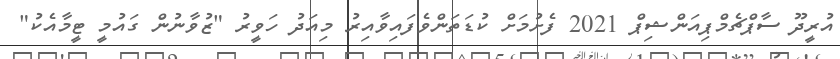
އުރީދޫ ސާޕްޗެމްޕިއަންޝިޕް 2021 ފެށުމަށް ކުޑަތަންވެފައިވާއިރު މިއަދު ހަވީރު "ޒުވާނުން ގައުމީ ޓީމާއެކު"